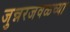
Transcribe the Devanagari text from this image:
जुन्नरजवळच्या